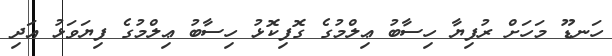
ހަނޑޫ މަހަށް ރުފިޔާ ހިސާބު ޢިލްމުގެ ގޮފިކޮޅު ހިސާބު ޢިލްމުގެ ފިޔަވަޅު އަދި